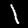
Label: 1